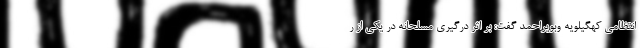
انتظامی کهگیلویه وبویراحمد گفت: بر اثر درگیری مسلحانه در یکی از ر